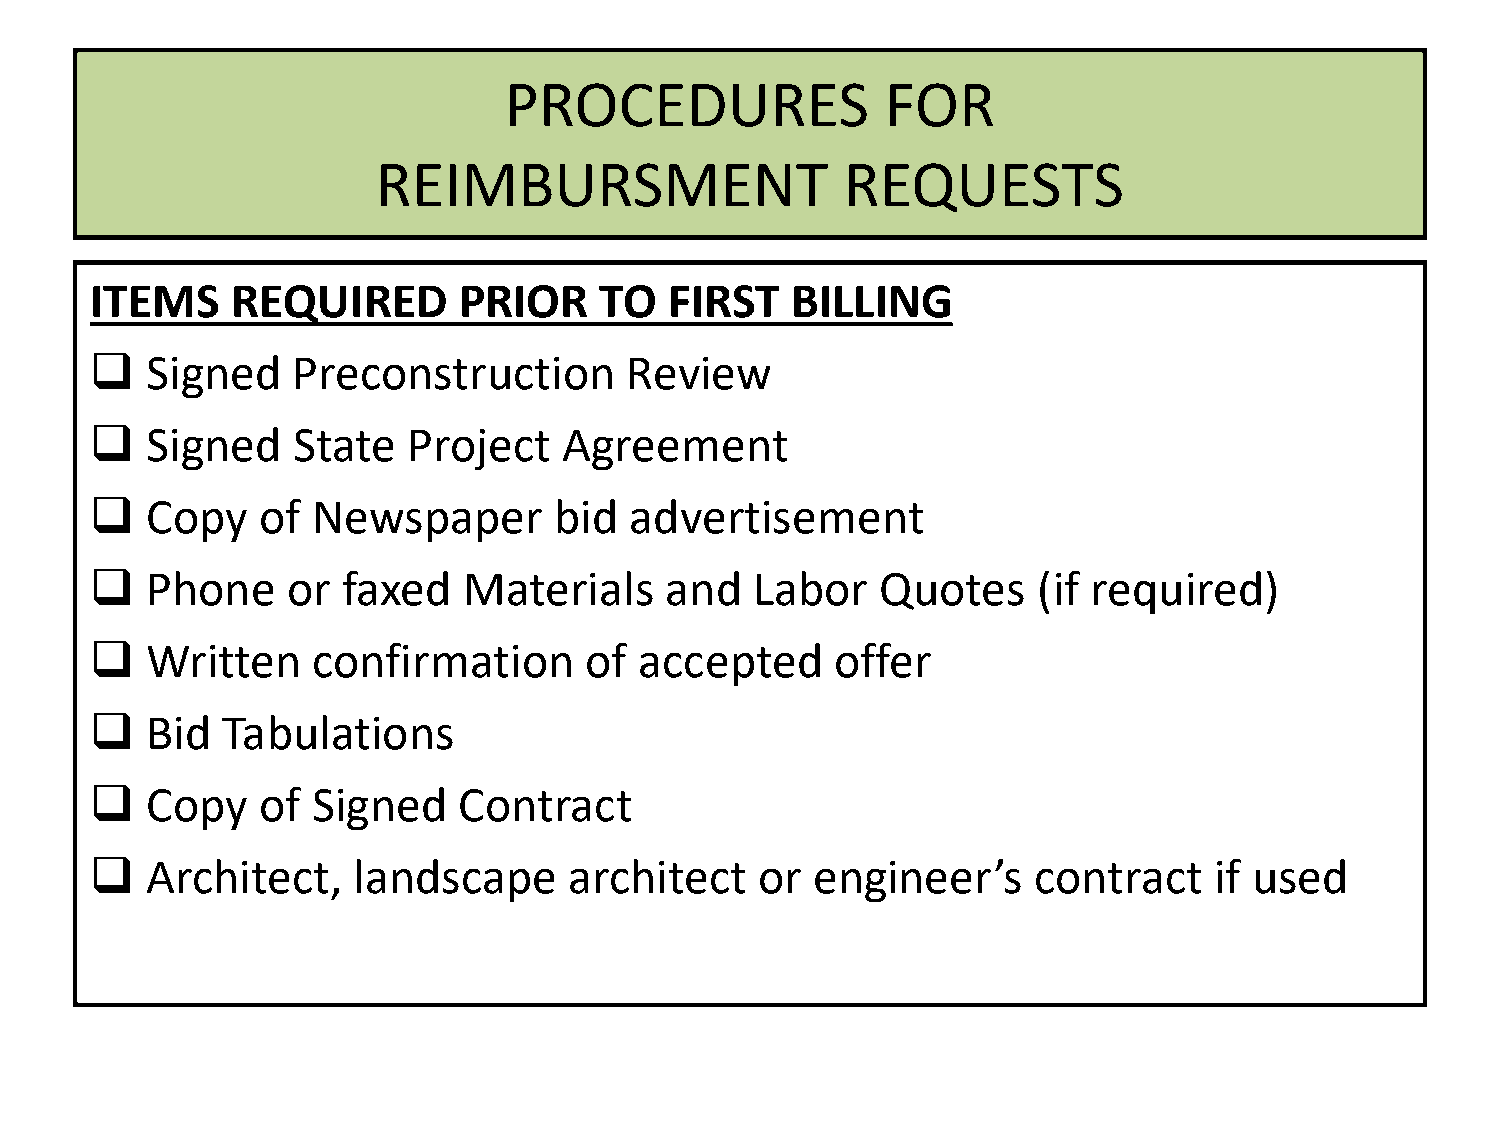
PROCEDURES                FOR
 REIMBURSMENT                   REQUESTS
 ITEMS    REQUIRED       PRIOR     TO  FIRST   BILLING
    Signed   Preconstruction       Review
    Signed   State   Project   Agreement
    Copy   of  Newspaper       bid  advertisement
    Phone    or  faxed   Materials    and   Labor   Quotes     (if required)
    Written    confirmation      of accepted     offer
    Bid  Tabulations
    Copy   of  Signed   Contract
    Architect,   landscape      architect   or  engineer’s     contract   if used